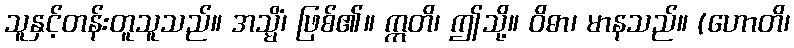
သူနှင့်တန်းတူသူသည်။ အသ္မိံ၊ ဖြစ်၏။ ဣတိ၊ ဤသို့။ ဝိဓာ၊ မာနသည်။ (ဟောတိ၊